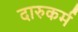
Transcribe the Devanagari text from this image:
दारुकर्म